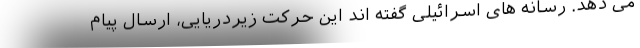
می دهد. رسانه های اسرائیلی گفته اند این حرکت زیردریایی، ارسال پیام